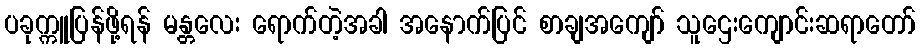
ပခုက္ကူပြန်ဖို့ရန် မန္တလေး ရောက်တဲ့အခါ အနောက်ပြင် စာချအကျော် သူဌေးကျောင်းဆရာတော်